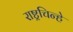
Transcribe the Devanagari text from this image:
राष्ट्रचिन्हे